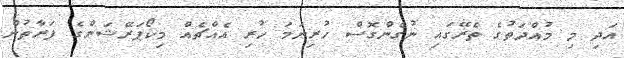
އަދި މި މުއްދަތުގެ ތެރޭގައި ނުގެންގޮސް ހުރިނަމަ ހުރި އެއްޗެއް މިކޯޕަރޭޝަންގެ ފަރާތުން